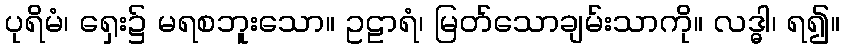
ပုရိမံ၊ ရှေး၌ မရစဘူးသော။ ဥဠာရံ၊ မြတ်သောချမ်းသာကို။ လဒ္ဓါ၊ ရ၍။